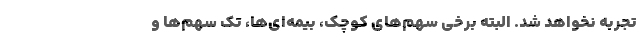
تجربه نخواهد شد. البته برخی سهم‌های کوچک، بیمه‌ای‌ها، تک سهم‌ها و